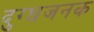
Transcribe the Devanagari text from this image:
दुग्धजनक